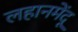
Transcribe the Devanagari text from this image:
लहानमेंदू